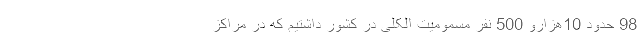
98 حدود 10‌هزارو 500 نفر مسمومیت الکلی در کشور داشتیم که در مراکز